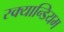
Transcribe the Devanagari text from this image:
स्क्यान्डियम